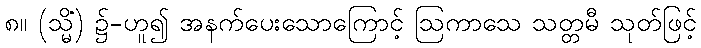
၈။ (သ္မိံ) ၌-ဟူ၍ အနက်ပေးသောကြောင့် ဩကာသေ သတ္တမီ သုတ်ဖြင့်